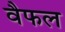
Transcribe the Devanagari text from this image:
वैफल